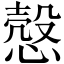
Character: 慤